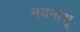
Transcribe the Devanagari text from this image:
नयनाश्रू